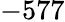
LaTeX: -577